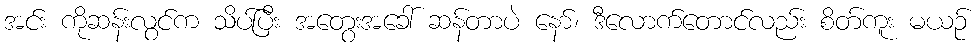
အင်း ကိုဆန်းလွင်က သိပ်ပြီး အတွေးအခေါ် ဆန်တာပဲ နော်၊ ဒီလောက်တောင်လည်း စိတ်ကူး မယဉ်